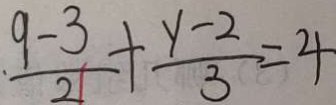
\frac { 9 - 3 } { 2 } + \frac { y - 2 } { 3 } = 4